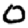
Digit: 0